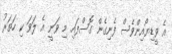
އެ ވީޑިޔޯއިންވެސް ފެނިގެން ގޮސްފައި މި ވަނީ އެ ލަވަ ކި ހަތަރު